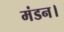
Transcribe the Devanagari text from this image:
मंडन।